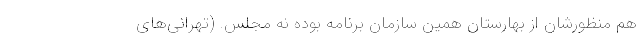
هم منظورشان از بهارستان همین سازمان برنامه بوده نه مجلس. (تهرانی‌های